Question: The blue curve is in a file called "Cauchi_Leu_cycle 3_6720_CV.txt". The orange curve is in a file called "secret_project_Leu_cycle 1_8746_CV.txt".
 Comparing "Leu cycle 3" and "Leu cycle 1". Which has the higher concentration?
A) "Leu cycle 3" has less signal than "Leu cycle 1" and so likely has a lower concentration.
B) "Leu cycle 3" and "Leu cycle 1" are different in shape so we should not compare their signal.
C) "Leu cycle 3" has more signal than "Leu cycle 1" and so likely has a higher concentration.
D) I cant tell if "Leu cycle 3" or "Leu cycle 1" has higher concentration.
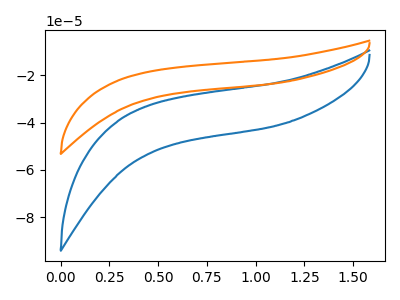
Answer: <think>The blue curve "Leu cycle 3" has no peaks. The orange curve "Leu cycle 1" has no peaks.
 Neither "Leu cycle 3" or "Leu cycle 1" have any peaks.</think>
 <answer>D) I cant tell if "Leu cycle 3" or "Leu cycle 1" has higher concentration.</answer>
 <eval>D</eval>